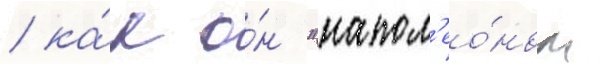
/ ка́к о́н "напол'ео́ном